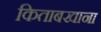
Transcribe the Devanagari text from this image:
किताबखाना